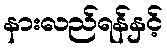
နားလည်ရန်နှင့်